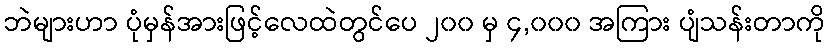
ဘဲများဟာ ပုံမှန်အားဖြင့်လေထဲတွင်ပေ ၂၀၀ မှ ၄,၀၀၀ အကြား ပျံသန်းတာကို